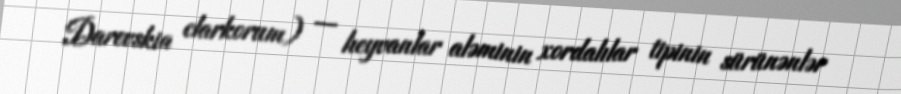
Darevskia clarkorum) — heyvanlar aləminin xordalılar tipinin sürünənlər